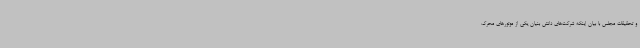
و تحقیقات مجلس با بیان اینکه شرکت‌های دانش بنیان یکی از موتورهای محرک